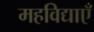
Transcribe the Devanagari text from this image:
महविद्याएँ